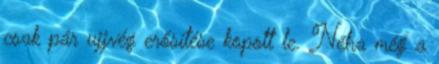
csak pár ujjvég erősítése kopott le. Néha még a